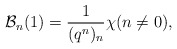
\begin{align*} \mathcal{B}_n(1) = \frac{1}{(q^n)_n}\chi(n \neq 0),\end{align*}